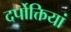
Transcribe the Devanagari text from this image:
दर्पोक्तियां